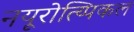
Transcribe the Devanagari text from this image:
नयूरोत्य्पिकल